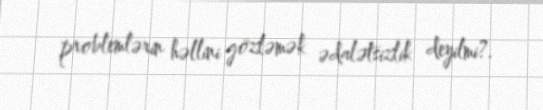
problemlərin həllini gözləmək ədalətsizlik deyilmi?.